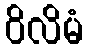
ဝိလိမံ